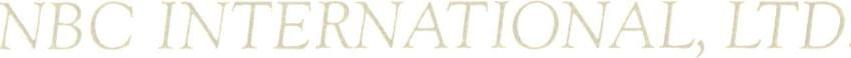
NBC INTERNATIONAL, LTD